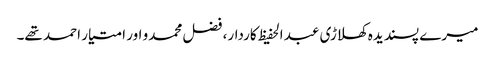
میرے پسندیدہ کھلاڑی عبد الحفیظ کاردار، فضل محمدو اور امتیار احمد تھے۔